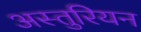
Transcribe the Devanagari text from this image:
अस्तुरियन